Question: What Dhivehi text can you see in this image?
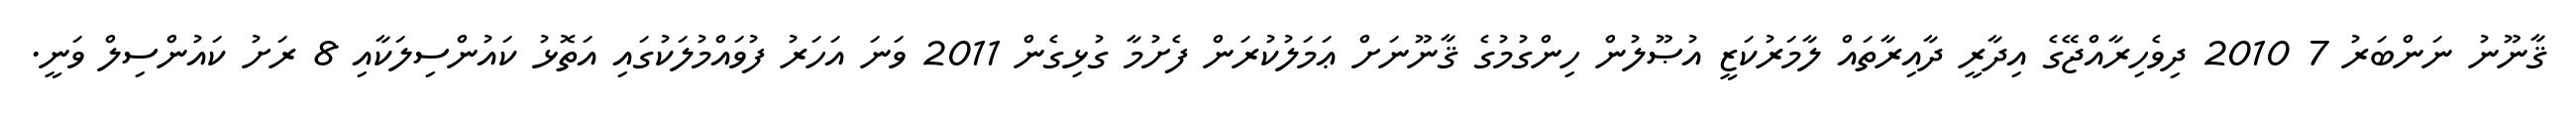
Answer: ޤާނޫނު ނަންބަރު 7 2010 ދިވެހިރާއްޖޭގެ އިދާރީ ދާއިރާތައް ލާމަރުކަޒީ އުޞޫލުން ހިންގުމުގެ ޤާނޫނަށް ޢަމަލުކުރަން ފެށުމާ ގުޅިގެން 2011 ވަނަ އަހަރު ފުވައްމުލަކުގައި އަތޮޅު ކައުންސިލަކާއި 8 ރަށު ކައުންސިލް ވަނީ.